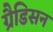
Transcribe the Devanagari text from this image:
ग्रैडिसन